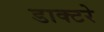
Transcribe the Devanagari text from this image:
डाक्टरे